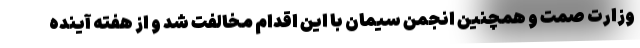
وزارت صمت و همچنین انجمن سیمان با این اقدام مخالفت شد و از هفته آینده